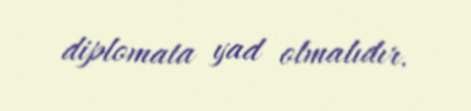
diplomata yad olmalıdır.